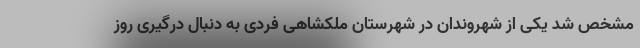
مشخص شد یکی از شهروندان در شهرستان ملکشاهی فردی به دنبال درگیری روز